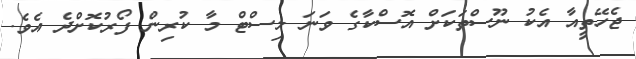
ޖެހޭތީއާ އެކު ނޫސްތަކަށް އޮސްކާގެ ވަނަ ލިސްޓް މާ ކުރިން ފޯރުކޮށްދެ އެވެ.